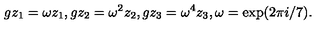
g z _ { 1 } = \omega z _ { 1 } , g z _ { 2 } = \omega ^ { 2 } z _ { 2 } , g z _ { 3 } = \omega ^ { 4 } z _ { 3 } , \omega = \exp ( 2 \pi i / 7 ) .